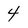
Character: 4